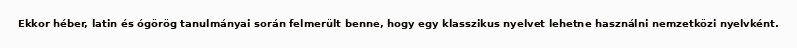
Ekkor héber, latin és ógörög tanulmányai során felmerült benne, hogy egy klasszikus nyelvet lehetne használni nemzetközi nyelvként.